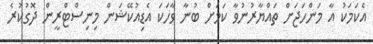
އެކަމަކު އާ މަންހަޖަށް ތައްޔާރުނުވާ ކަމަށް ބުނާ ވާހަކަ އެޑިއުކޭޝަން މިނިސްޓްރީން ދޮގުކުރެ